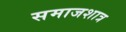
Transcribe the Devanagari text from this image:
समाजशात्र